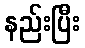
နည်းပြီး